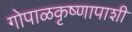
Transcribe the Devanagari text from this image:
गोपाळकृष्णापाशी